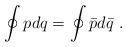
LaTeX: \begin{align*}\oint\limits_{}^{}pdq =\oint\limits_{}^{}{\bar p}d{\bar q}\ .\end{align*}